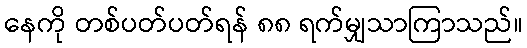
နေကို တစ်ပတ်ပတ်ရန် ၈၈ ရက်မျှသာကြာသည်။